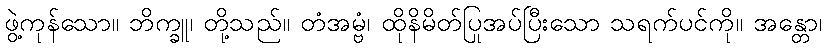
ဖွဲ့ကုန်သော။ ဘိက္ခူ၊ တို့သည်။ တံအမ္ဗံ၊ ထိုနိမိတ်ပြုအပ်ပြီးသော သရက်ပင်ကို။ အန္တော၊